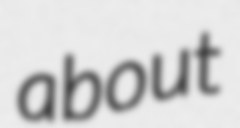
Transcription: about